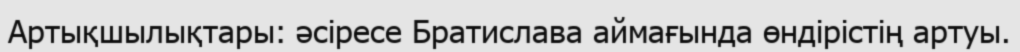
Артықшылықтары: әсіресе Братислава аймағында өндірістің артуы.